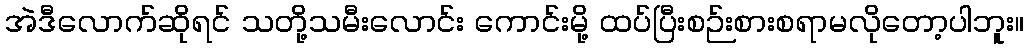
အဲဒီလောက်ဆိုရင် သတို့သမီးလောင်း ကောင်းမို့ ထပ်ပြီးစဉ်းစားစရာမလိုတော့ပါဘူး။